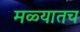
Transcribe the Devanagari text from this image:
मळ्यातच